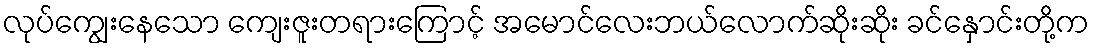
လုပ်ကျွေးနေသော ကျေးဇူးတရားကြောင့် အမောင်လေးဘယ်လောက်ဆိုးဆိုး ခင်နှောင်းတို့က